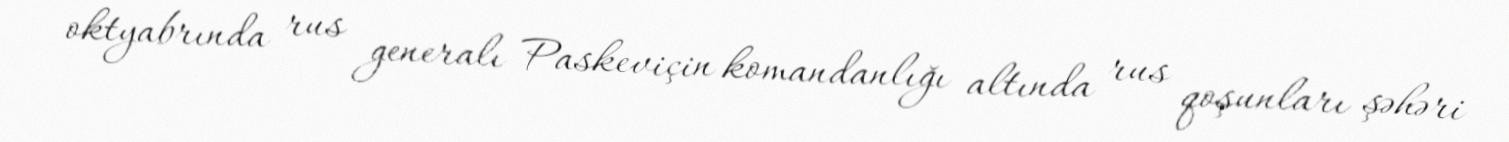
oktyabrında rus generalı Paskeviçin komandanlığı altında rus qoşunları şəhəri